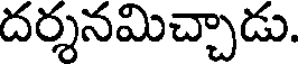
దర్శనమిచ్చాడు.